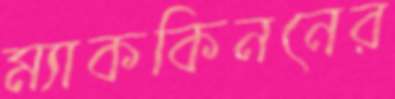
ম্যাককিননের